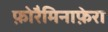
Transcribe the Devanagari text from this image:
फ़ोरैमिनाफ़ेरा